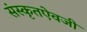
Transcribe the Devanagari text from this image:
संस्कृतऐवजी